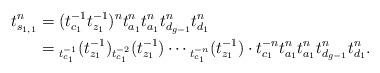
LaTeX: \begin{align*}t_{s_{1,1}}^n &= (t_{c_1}^{-1}t_{z_1}^{-1})^n t_{a_1}^n t_{a_1}^n t_{d_{g-1}}^n t_{d_1}^n \\&= {}_{t_{c_1}^{-1}}(t_{z_1}^{-1}) {}_{t_{c_1}^{-2}}(t_{z_1}^{-1}) \cdots {}_{t_{c_1}^{-n}}(t_{z_1}^{-1}) \cdot t_{c_1}^{-n} t_{a_1}^n t_{a_1}^n t_{d_{g-1}}^n t_{d_1}^n. \end{align*}